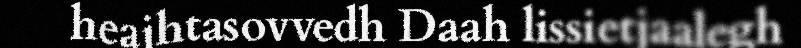
heajhtasovvedh Daah lissietjaalegh